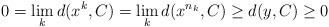
LaTeX: \begin{align*}0=\lim_{k}d(x^{k},C)=\lim_{k}d(x^{n_{k}},C)\geq d(y,C)\geq 0\end{align*}